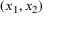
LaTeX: ( x _ { 1 } , x _ { 2 } )